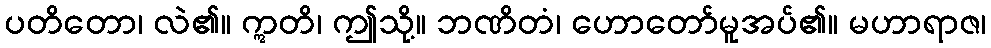
ပတိတော၊ လဲ၏။ ဣတိ၊ ဤသို့။ ဘဏိတံ၊ ဟောတော်မူအပ်၏။ မဟာရာဇ၊